Report of the Indian Hemp Drugs Commission, 1894-1895 - Volume VII
Year: 1894
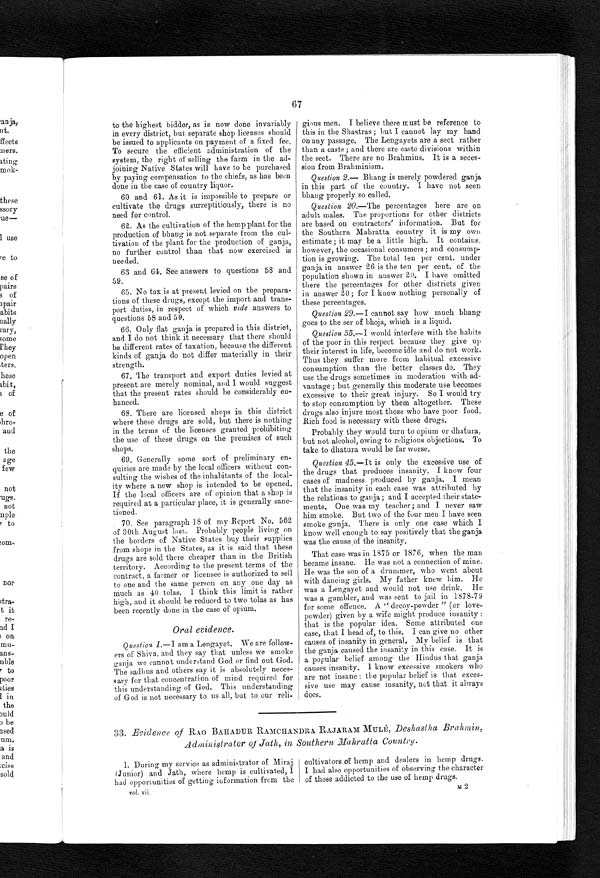
67
to the highest bidder, as is now done invariabl
y in every district, but separate shop licenses should
be issued to applicants on payment of a fixed fee.
To secure the efficient administration of the
system, the right of selling the farm in the ad--
joining Native States will have to be purchased
by paying compensation to the chiefs, as has been
done in the case of country liquor.
60. and 61. As it is impossible to prepare or
cultivate the drugs surreptitiously, there is no
need for control.
62. As the cultivation of the hemp plant for the
production of bhang is not separate from the cul--
tivation of the plant for the production of ganja,
no further control than that now exercised is
needed.
63 and 64. See answers to questions 58 and
5 9 .
65. No tax is at present levied on the prepara
-tions of these drugs, except the import and trans-
- p o r t d u t i e s , i n r e s p e c t o f w h i c hv
i d e
a n s w e r s t o
questions 58 and 59.
66. Only flat ganja is prepared in this district,
and I do not think it necessary that there should
b e d i f f e r e n t r a t e s o f t a x a t i o n , b e c a u s e t h e d i f f e r e n t k i n d s o f g a n j a d o n o t d i f f e r m a t e r i a l l y i n t h e i r
strength.
67. The transport and export duties levied at
present are merely nominal, and I would suggest
that the present rates should be considerably en--
hanced.
68. There are licensed shops in this district
where these drugs are sold, but there is nothing
in the terms of the licenses granted prohibiting
the use of these drugs on the premises of such
shops.
69. Generally some sort of preliminary en
-quiries are made by the local officers without con--
sulting the wishes of the inhabitants of the local--
ity where a new shop is intended to be opened.
If the local officers are of opinion that a shop is
required at a particular place, it is generally sanc--
tioned.
70. See paragraph 18 of my Report No. 562
of 30th August last. Probably people living on
the borders of Native States buy their supplies
from shops in the States, as it is said that these
drugs are sold there cheaper than in the British
territory. According to the present terms of the
contract, a farmer or licensee is authorized to sell
to one and the same person on any one day as
much as 40 tolas. I think this limit is rather
high, and it should be reduced to two tolas as has
been recently done in the case of opium.
Oral evidence.
Question 1.—I am a Lengayet. We are follow
- e r s o f S h i v a , a n d t h e y s a y t h a t u n l e s s w e s m o k e
ganja we cannot understand God or find out God.
The sadhus and others say it is absolutely neces
-
sary for that concentration of mind required for
this understanding of God. This understanding
of God is not necessary to us all, but to our reli-
gious men. I believe there must be reference to
this in the Shastras; but I cannot lay my hand
on any passage. The Lengayets are a sect rather
than a caste; and there are caste divisions within
the sect. There are no Brahmins. It is a seces--
sion from Brahminism.
Question 2 .— Bhang is merely powdered ganja
in this part of the country. I have not seen
bhang properly so called.
Question 20.—The percentages here are on
adult males. The proportions for other districts
are based on contractors' information. But for
the Southern Mahratta country it is my own
estimate; it may be a little high. It contains,
however, the occasional consumers; and consump
- t i o n i s g r o w i n g . T h e t o t a l t e n p e r c e n t . u n d e r
ganja in answer 26 is the ten per cent. of the
population shown in answer 20. I have omitted
there the percentages for other districts given
in answer 20; for I know nothing personally of
these percentages.
Question 29.—I cannot say how much bhang
goes to the ser of bhoja, which is a liquid.
Question 35.—I would interfere with the habits
of the poor in this respect because they give up
their interest in life, become idle and do not work.
Thus they suffer more from habitual excessive
consumption than the better classes do. They
use the drugs sometimes in moderation with ad
-vantage; but generally this moderate use becomes
excessive to their great injury. So I would try
to stop consumption by them altogether. These
drugs also injure most those who have poor food.
Rich food is necessary with these drugs.
Probably they would turn to opium or dhatura,
but not alcohol, owing to religious objections. To
take to dhatura would be far worse.
Question 45.—It is only the excessive use of
the drugs that produces insanity. I know four
cases of madness produced by ganja. I mean
that the insanity in each case was attributed by
the relations to ganja; and I accepted their state-
ments. One was my teacher; and I never saw
him smoke. But two of the four men I have seen
smoke ganja. There is only one case which I
know well enough to say positively that the ganja
was the cause of the insanity.
That case was in 1875 or 1876, when the man
became insane. He was not a connection of mine.
He was the son of a drummer, who went about
with dancing girls. My father knew him. He
was a Lengayet and would not use drink. He
was a gambler, and was sent to jail in 1878-79
for some offence. A "decoy-powder" (or love
- p o w d e r ) g i v e n b y a w i f e m i g h t p r o d u c e i n s a n i t y :
that is the popular idea. Some attributed one
case, that I head of, to this. I can give no other
causes of insanity in general. My belief is that
the ganja caused the insanity in this case. It is
a popular belief among the Hindus that ganja
causes insanity. I know excessive smokers who
are not insane: the popular belief is that exces-
- s i v e u s e m a y c a u s e i n s a n i t y , n o t t h a t i t a l w a y s
does.
33. Evidence of RAO BAHADUR RAMCHANDRA RAJARAM MULÉ, Deshastha Brahmin,
Administrator of Jath, in Southern Mahratta Country.
1. During my service as administrator of Miraj
(Junior) and Jath, where hemp is cultivated, I
had opportunities of getting information from the
vol. vii.
cultivators of hemp and dealers in hemp drugs.
I had also opportunities of observing the character
of those addicted to the use of hemp drugs.